Annual returns of the Patna Lunatic Asylum at Bankipore in Bihar and Orissa - 1912-1924
Year: 1912
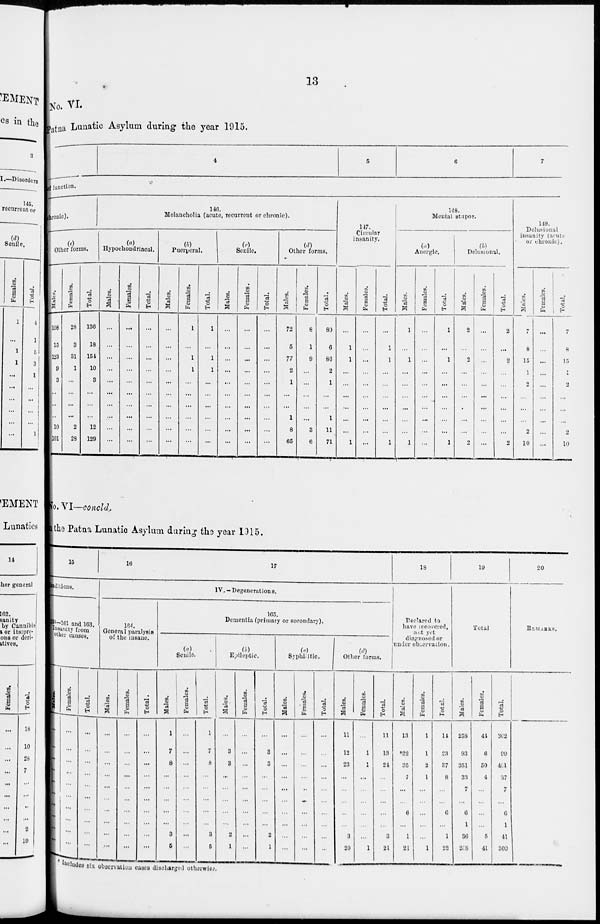
13
No. VI.
Patna Lunatic Asylum during the year 1915.
4
5
6
7
of function.
chronic).
(e)
Other forms.
Males.
108
15
123
9
3
...
...
...
10
101
Females.
28
3
31
1
...
...
...
...
2
29
Total.
136
18
154
10
3
...
...
...
12
129
140.
Melancholia (acute, recurrent or chronic).
(a)
Hypochondriacal.
Males.
...
...
...
...
...
...
...
...
...
...
Females.
...
...
...
...
...
...
...
...
...
...
Total.
...
...
...
...
...
...
...
...
...
...
(b)
Puerperal.
Males.
...
...
...
...
...
...
...
...
...
...
Females.
1
...
1
1
...
...
...
...
...
...
Total.
1
...
1
1
...
...
...
...
...
...
(c)
Senile.
Males.
...
...
...
...
...
...
...
...
...
...
Females.
...
...
...
...
...
...
...
...
...
...
Total.
...
...
...
...
...
...
...
...
...
...
(d)
Other forms.
Males.
72
5
77
2
1
...
...
1
8
65
Females.
8
1
9
...
...
...
...
...
3
6
Total.
80
6
86
2
1
...
...
1
11
71
117.
Circular
insanity.
Males.
...
1
1
...
...
...
...
...
...
1
Females.
...
...
...
...
...
...
...
...
...
...
Total.
...
1
1
...
...
...
...
...
...
1
118.
Mental stupor.
(a)
Auergle.
Males.
1
...
1
...
...
...
...
...
...
1
Females.
...
...
...
...
...
...
...
...
...
...
Total.
1
...
1
...
...
...
...
...
...
1
(b)
Delusional.
Males.
2
...
2
...
...
...
...
...
...
2
Females.
...
...
...
...
...
...
...
...
...
...
Total.
2
...
2
...
...
...
...
...
...
2
119.
Delusional
insanity acute
of chronic.
Males.
7
8
15
1
2
...
...
...
2
10
Females.
...
...
...
...
...
...
...
...
...
...
Total.
7
8
15
1
2
...
...
...
2
10
No. VI—concld.
i n the Patna Lunatic Asylum during the year 1915.
15
Conditions.
15.—161 and 163.
Insanity
from
ther causes.
Males.
...
...
...
...
...
...
...
...
...
...
Females.
...
...
...
...
...
...
...
...
...
...
Total.
...
...
...
...
...
...
...
...
...
...
16
17
IV.—Degenerations.
164.
General paralysis
of the insane.
Males.
...
...
...
...
...
...
...
...
...
...
Females.
...
...
...
...
...
...
...
...
...
...
Total.
...
...
...
...
...
...
...
...
...
...
165
Dementia (primary or secondary).
(a)
Senile.
Males.
1
7
8
...
...
...
...
...
3
5
Females.
...
...
...
...
...
...
...
...
...
...
Total.
1
7
8
...
...
...
...
...
3
5
(b)
Epileptie.
Males.
...
3
3
...
...
...
...
...
2
1
Females.
...
...
...
...
...
...
...
...
...
...
Total.
...
3
3
...
...
...
...
...
2
1
(c)
Syphilitic.
Males.
...
...
...
...
...
...
...
...
...
...
Females.
...
...
...
...
...
...
...
...
...
...
Total.
...
...
...
...
...
...
...
...
...
...
(d)
Other forms.
Males.
11
12
23
...
...
...
...
...
3
20
Females.
...
1
1
...
...
...
...
...
...
1
Total.
11
13
24
...
...
...
...
...
3
21
18
Declared to
have recovered,
not yet
diagnosed or
under observation.
Males.
13
*22
35
7
...
...
6
...
1
21
Females.
1
1
2
1
...
...
...
...
...
1
Total.
11
23
37
8
...
...
6
...
1
22
19
Total
Males.
258
93
351
33
7
...
6
1
30
268
Females.
44
6
50
4
...
...
...
...
5
41
Total.
302
99
401
37
7
...
6
1
41
309
20
REMARKS.
*Includes six observation cases discharged otherwise.